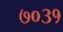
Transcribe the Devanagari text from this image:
७०३१